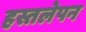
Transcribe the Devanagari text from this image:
हस्तलेपन